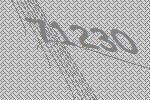
71230